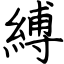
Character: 縛